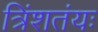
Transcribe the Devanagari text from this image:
त्रिंशतंयः